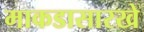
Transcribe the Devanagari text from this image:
माकडासारखे